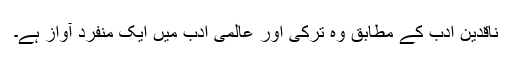
ناقدین ادب کے مطابق وہ ترکی اور عالمی ادب میں ایک منفرد آواز ہے۔